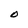
Character: O